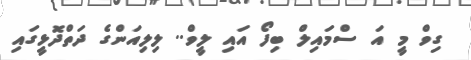
ގިވް މީ އަ ސްމައިލް ބިފޯ އައި ލީވް.. ލިލިއަންގެ ދަތްދޮޅީގައި